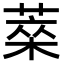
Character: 𦷞